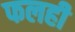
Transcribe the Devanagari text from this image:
फलही